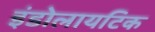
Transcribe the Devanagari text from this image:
इंडोलायटिक